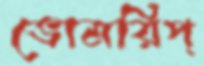
ভোমরিপ্